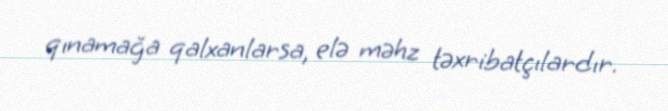
qınamağa qalxanlarsa, elə məhz təxribatçılardır.